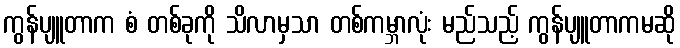
ကွန်ပျူတာက စံ တစ်ခုကို သိလာမှသာ တစ်ကမ္ဘာလုံး မည်သည့် ကွန်ပျူတာကမဆို